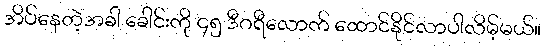
အိပ်နေတဲ့အခါ ခေါင်းကို ၄၅ ဒီဂရီလောက် ထောင်နိုင်လာပါလိမ့်မယ်။